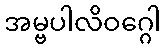
အမ္ဗပါလိဝဂ္ဂေါ